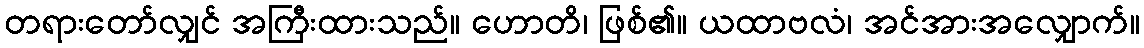
တရားတော်လျှင် အကြီးထားသည်။ ဟောတိ၊ ဖြစ်၏။ ယထာဗလံ၊ အင်အားအလျှောက်။